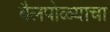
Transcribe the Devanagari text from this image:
बैलपोळ्याचा